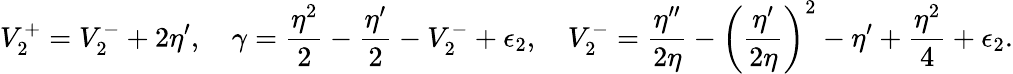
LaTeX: V_{2}^{+}=V_{2}^{-}+2\eta^{\prime},\quad\gamma=\frac{\eta^{2}}{2}-\frac{\eta^{\prime}}{2}-V_{2}^{-}+\epsilon_{2},\quad V_{2}^{-}=\frac{\eta^{\prime\prime}}{2\eta}-\left(\frac{\eta^{\prime}}{2\eta}\right)^{2}-\eta^{\prime}+\frac{\eta^{2}}{4}+\epsilon_{2}.